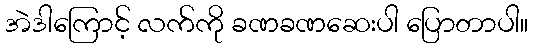
အဲဒါကြောင့် လက်ကို ခဏခဏဆေးပါ ပြောတာပါ။